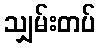
သျှမ်းတပ်